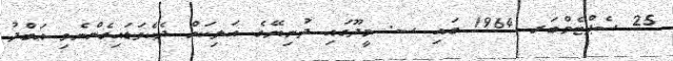
25 ސެޕްޓެމްބަރ 1964 ގައި ސ. މީދޫގައި ދުނިޔޭގެ އަލިކަން ދެކެވަޑައިގެންނެވި ޢަބްދު